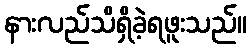
နားလည်သိရှိခဲ့ရဖူးသည်။